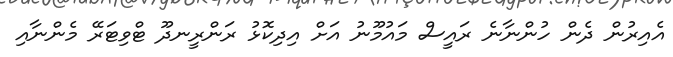
އެއިރުން ދެން ހުންނާނެ ރައީސް މައުމޫނު އަށް އިދިކޮޅު ރަންރީނދޫ ޓްވިޓަރޭ މެންނާއި